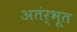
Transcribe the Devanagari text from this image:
अतंर्भूत